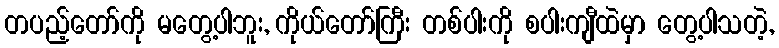
တပည့်တော်ကို မတွေ့ပါဘူး, ကိုယ်တော်ကြီး တစ်ပါးကို စပါးကျီထဲမှာ တွေ့ပါသတဲ့,